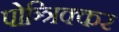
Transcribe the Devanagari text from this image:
पोञ्त्रिक्कर